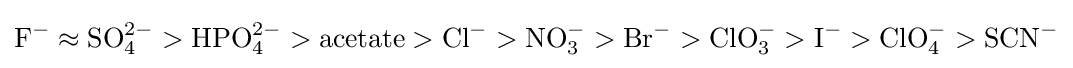
\mathrm {F^{-}\approx SO_{4}^{2-}>HPO_{4}^{2-}>acetate>Cl^{-}>NO_{3}^{-}>Br^{-}>ClO_{3}^{-}>I^{-}>ClO_{4}^{-}>SCN^{-}}